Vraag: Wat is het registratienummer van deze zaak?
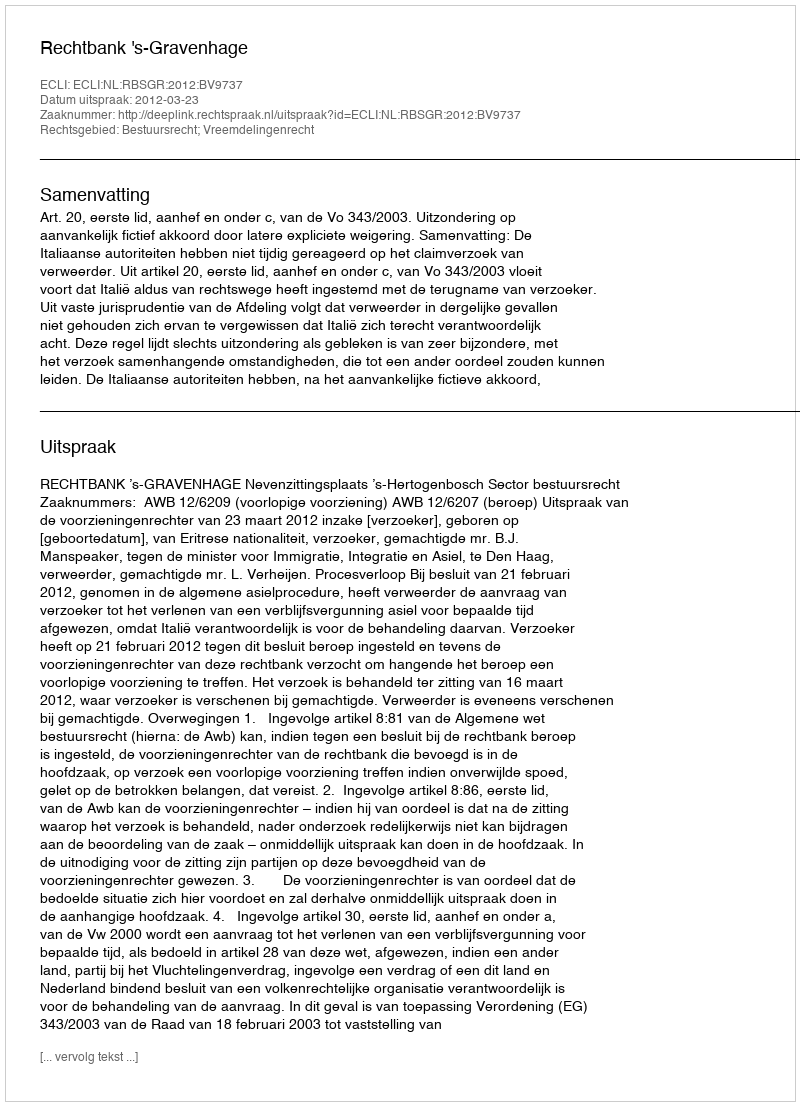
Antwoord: http://deeplink.rechtspraak.nl/uitspraak?id=ECLI:NL:RBSGR:2012:BV9737